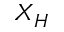
X _ { H }